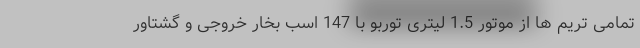
تمامی تریم ها از موتور 1.5 لیتری توربو با 147 اسب بخار خروجی و گشتاور